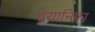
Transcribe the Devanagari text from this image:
इयानिफा